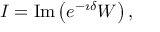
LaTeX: I = \mathrm { I m } \left( e ^ { - \imath \delta } { \cal W } \right) ,